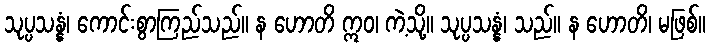
သုပ္ပသန္နံ၊ ကောင်းစွာကြည်သည်။ န ဟောတိ ဣဝ၊ ကဲ့သို့။ သုပ္ပသန္နံ၊ သည်။ န ဟောတိ၊ မဖြစ်။